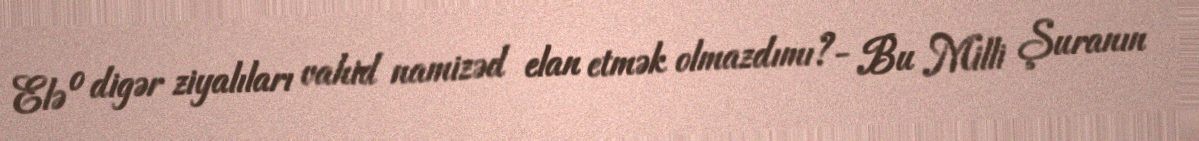
Elə o digər ziyalıları vahid namizəd elan etmək olmazdımı?- Bu Milli Şuranın